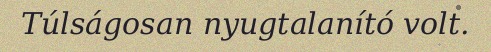
Túlságosan nyugtalanító volt.